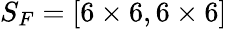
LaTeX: S_{F}=[6\times 6,6\times 6]